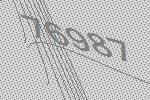
76987